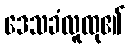
ဒေသခံလူထု၏